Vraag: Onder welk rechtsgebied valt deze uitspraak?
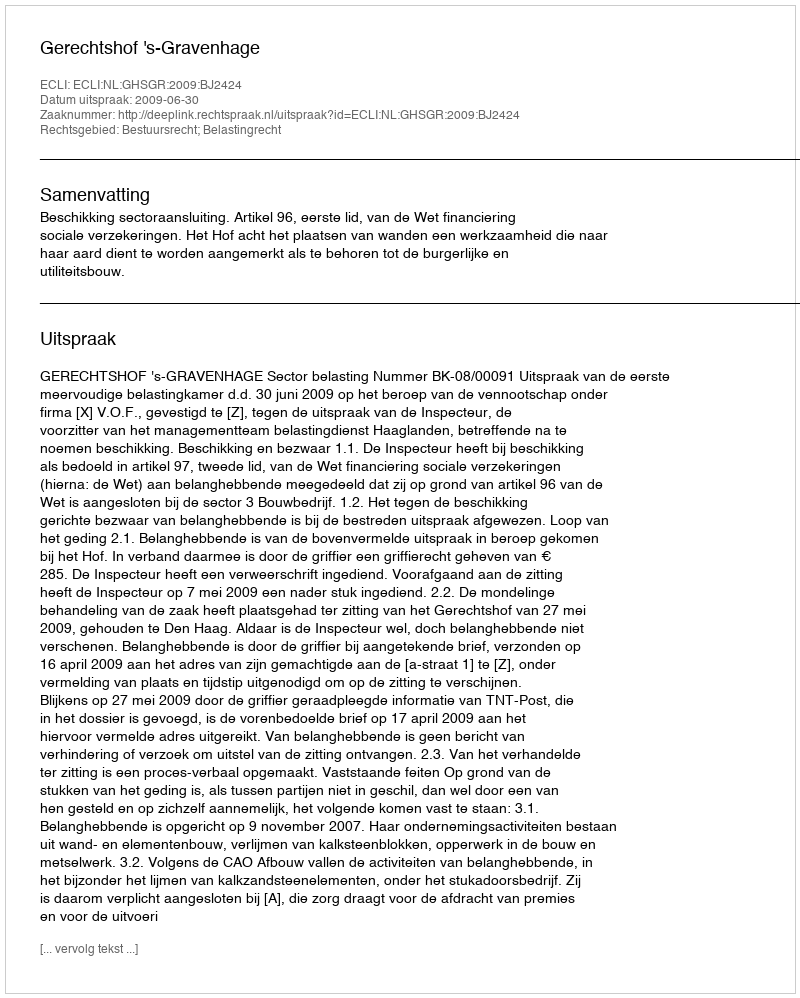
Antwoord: Bestuursrecht; Belastingrecht